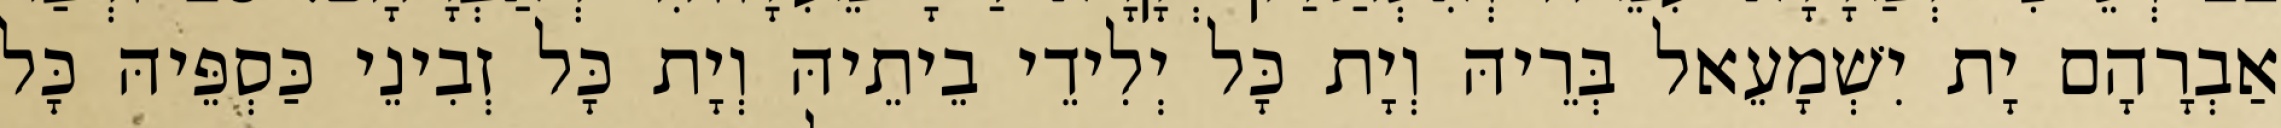
אַבְרָהָם יָת יִשְׁמָעֵאל בְּרֵיהּ וְיָת כָּל יְלִידֵי בֵיתֵיהּ וְיָת כָּל זְבִינֵי כַּסְפֵּיהּ כָּל